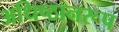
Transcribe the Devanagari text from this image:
अधिष्ठानरूप